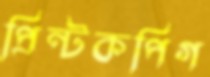
প্রিন্টকপিগ